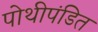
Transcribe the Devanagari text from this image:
पोथीपंडित